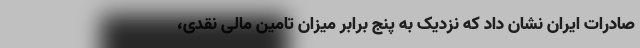
صادرات ایران نشان داد که نزدیک به پنج برابر میزان تامین مالی نقدی،